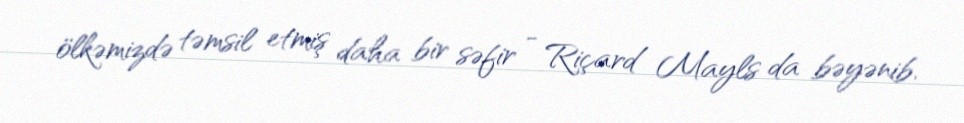
ölkəmizdə təmsil etmiş daha bir səfir - Riçard Mayls da bəyənib.